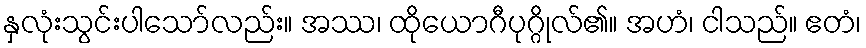
နှလုံးသွင်းပါသော်လည်း။ အဿ၊ ထိုယောဂီပုဂ္ဂိုလ်၏။ အဟံ၊ ငါသည်။ ဧတံ၊